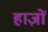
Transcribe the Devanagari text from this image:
हाज़ों